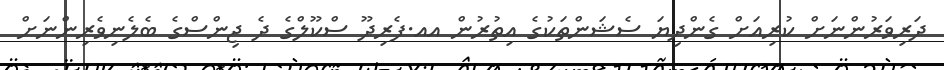
ދަރިވަރުންނަށް ކުރިއަށް ގެންދިޔަ ސެޝަންތަކުގެ އިތުރުން އއ.ފެރިދޫ ސްކޫލްގެ ދެ ޖިންސްގެ ބެލެނިވެރިންނަށް